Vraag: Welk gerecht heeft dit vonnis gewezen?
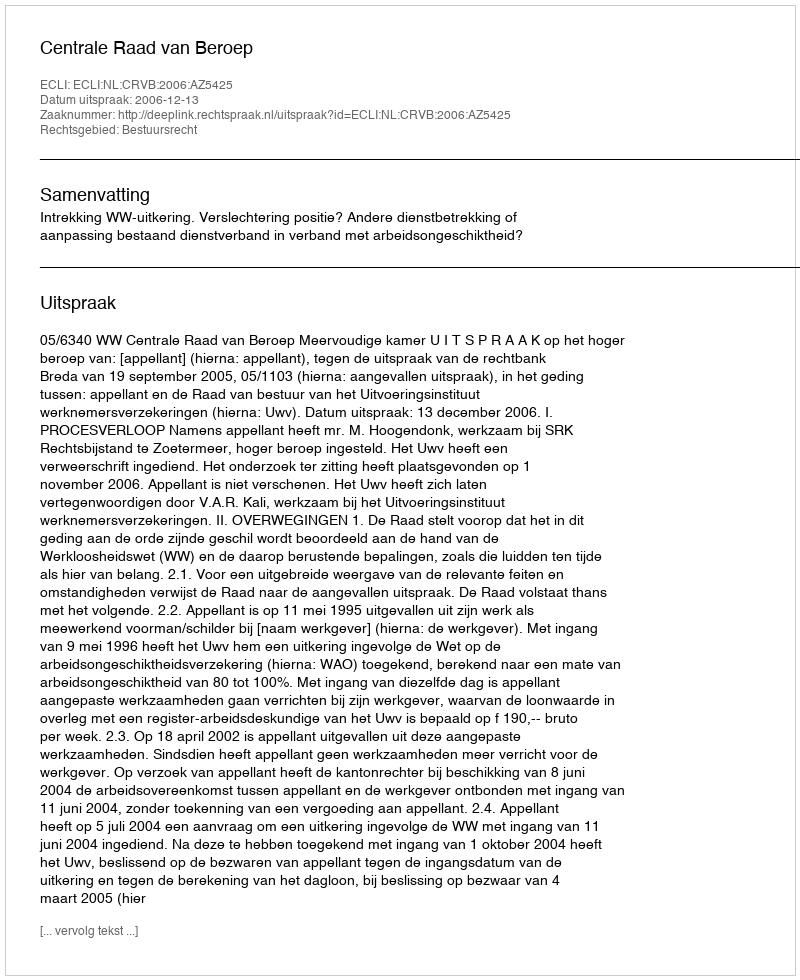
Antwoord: Centrale Raad van Beroep